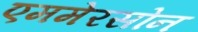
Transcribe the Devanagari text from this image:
एममेरसोन